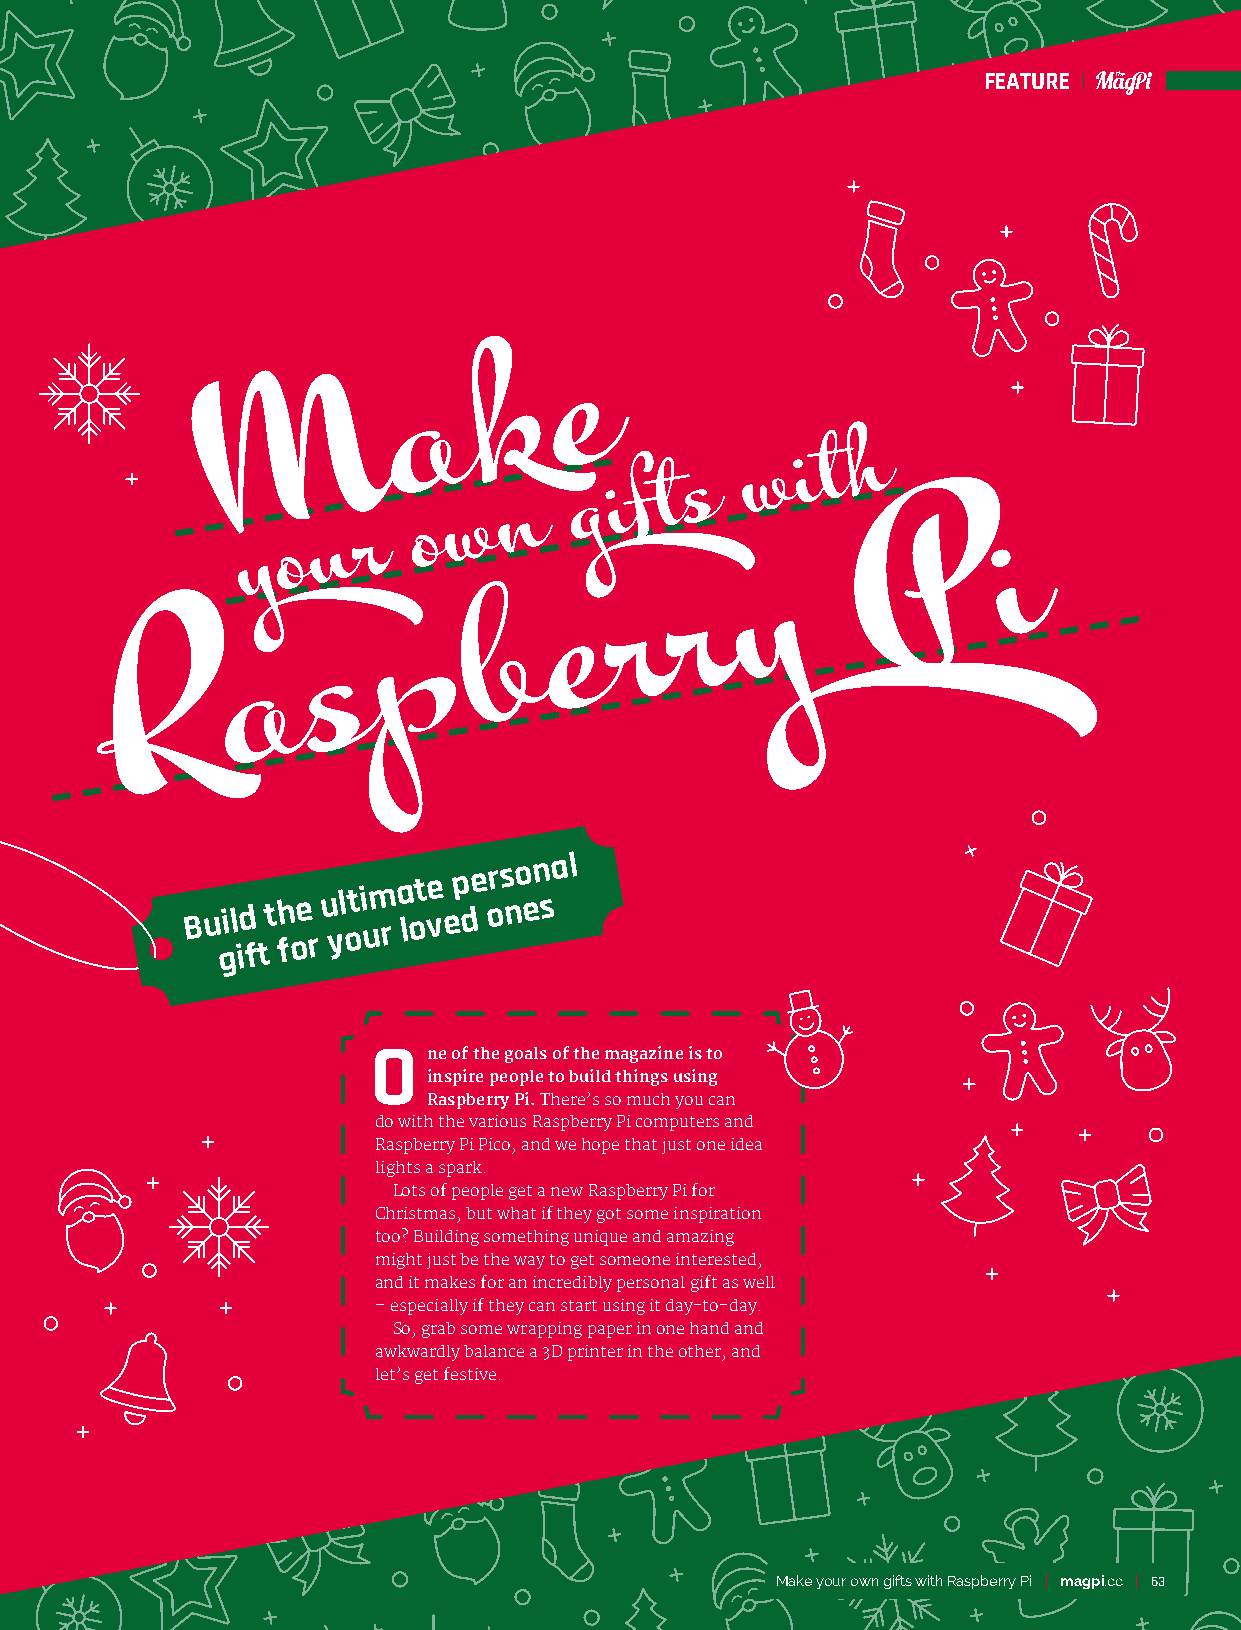
FFEEAATTUURREE
 e
 k
 a
 M
 h
 w   i t
 g i f t s
 n
 w
 u  r
 o
 y o
 P        i
 y
 r
 r
 e
 b
 p
 s
 R       a
 Bu gil id
 f
 tt h foe
 r
 u yl oti um
 r
 a lote ve p de ors no en sal
 O   ne of the goals of the magazine is to
 inspire people to build things using
 Raspberry Pi. There’s so much you can
 do with the various Raspberry Pi computers and
 Raspberry Pi Pico, and we hope that just one idea
 lights a spark.
 Lots of people get a new Raspberry Pi for
 Christmas, but what if they got some inspiration
 too? Building something unique and amazing
 might just be the way to get someone interested,
 and it makes for an incredibly personal gift as well
 – especially if they can start using it day-to-day.
 So, grab some wrapping paper in one hand and
 awkwardly balance a 3D printer in the other, and
 let’s get festive.
 Make your own gifts with Raspberry Pi magpi.cc 63